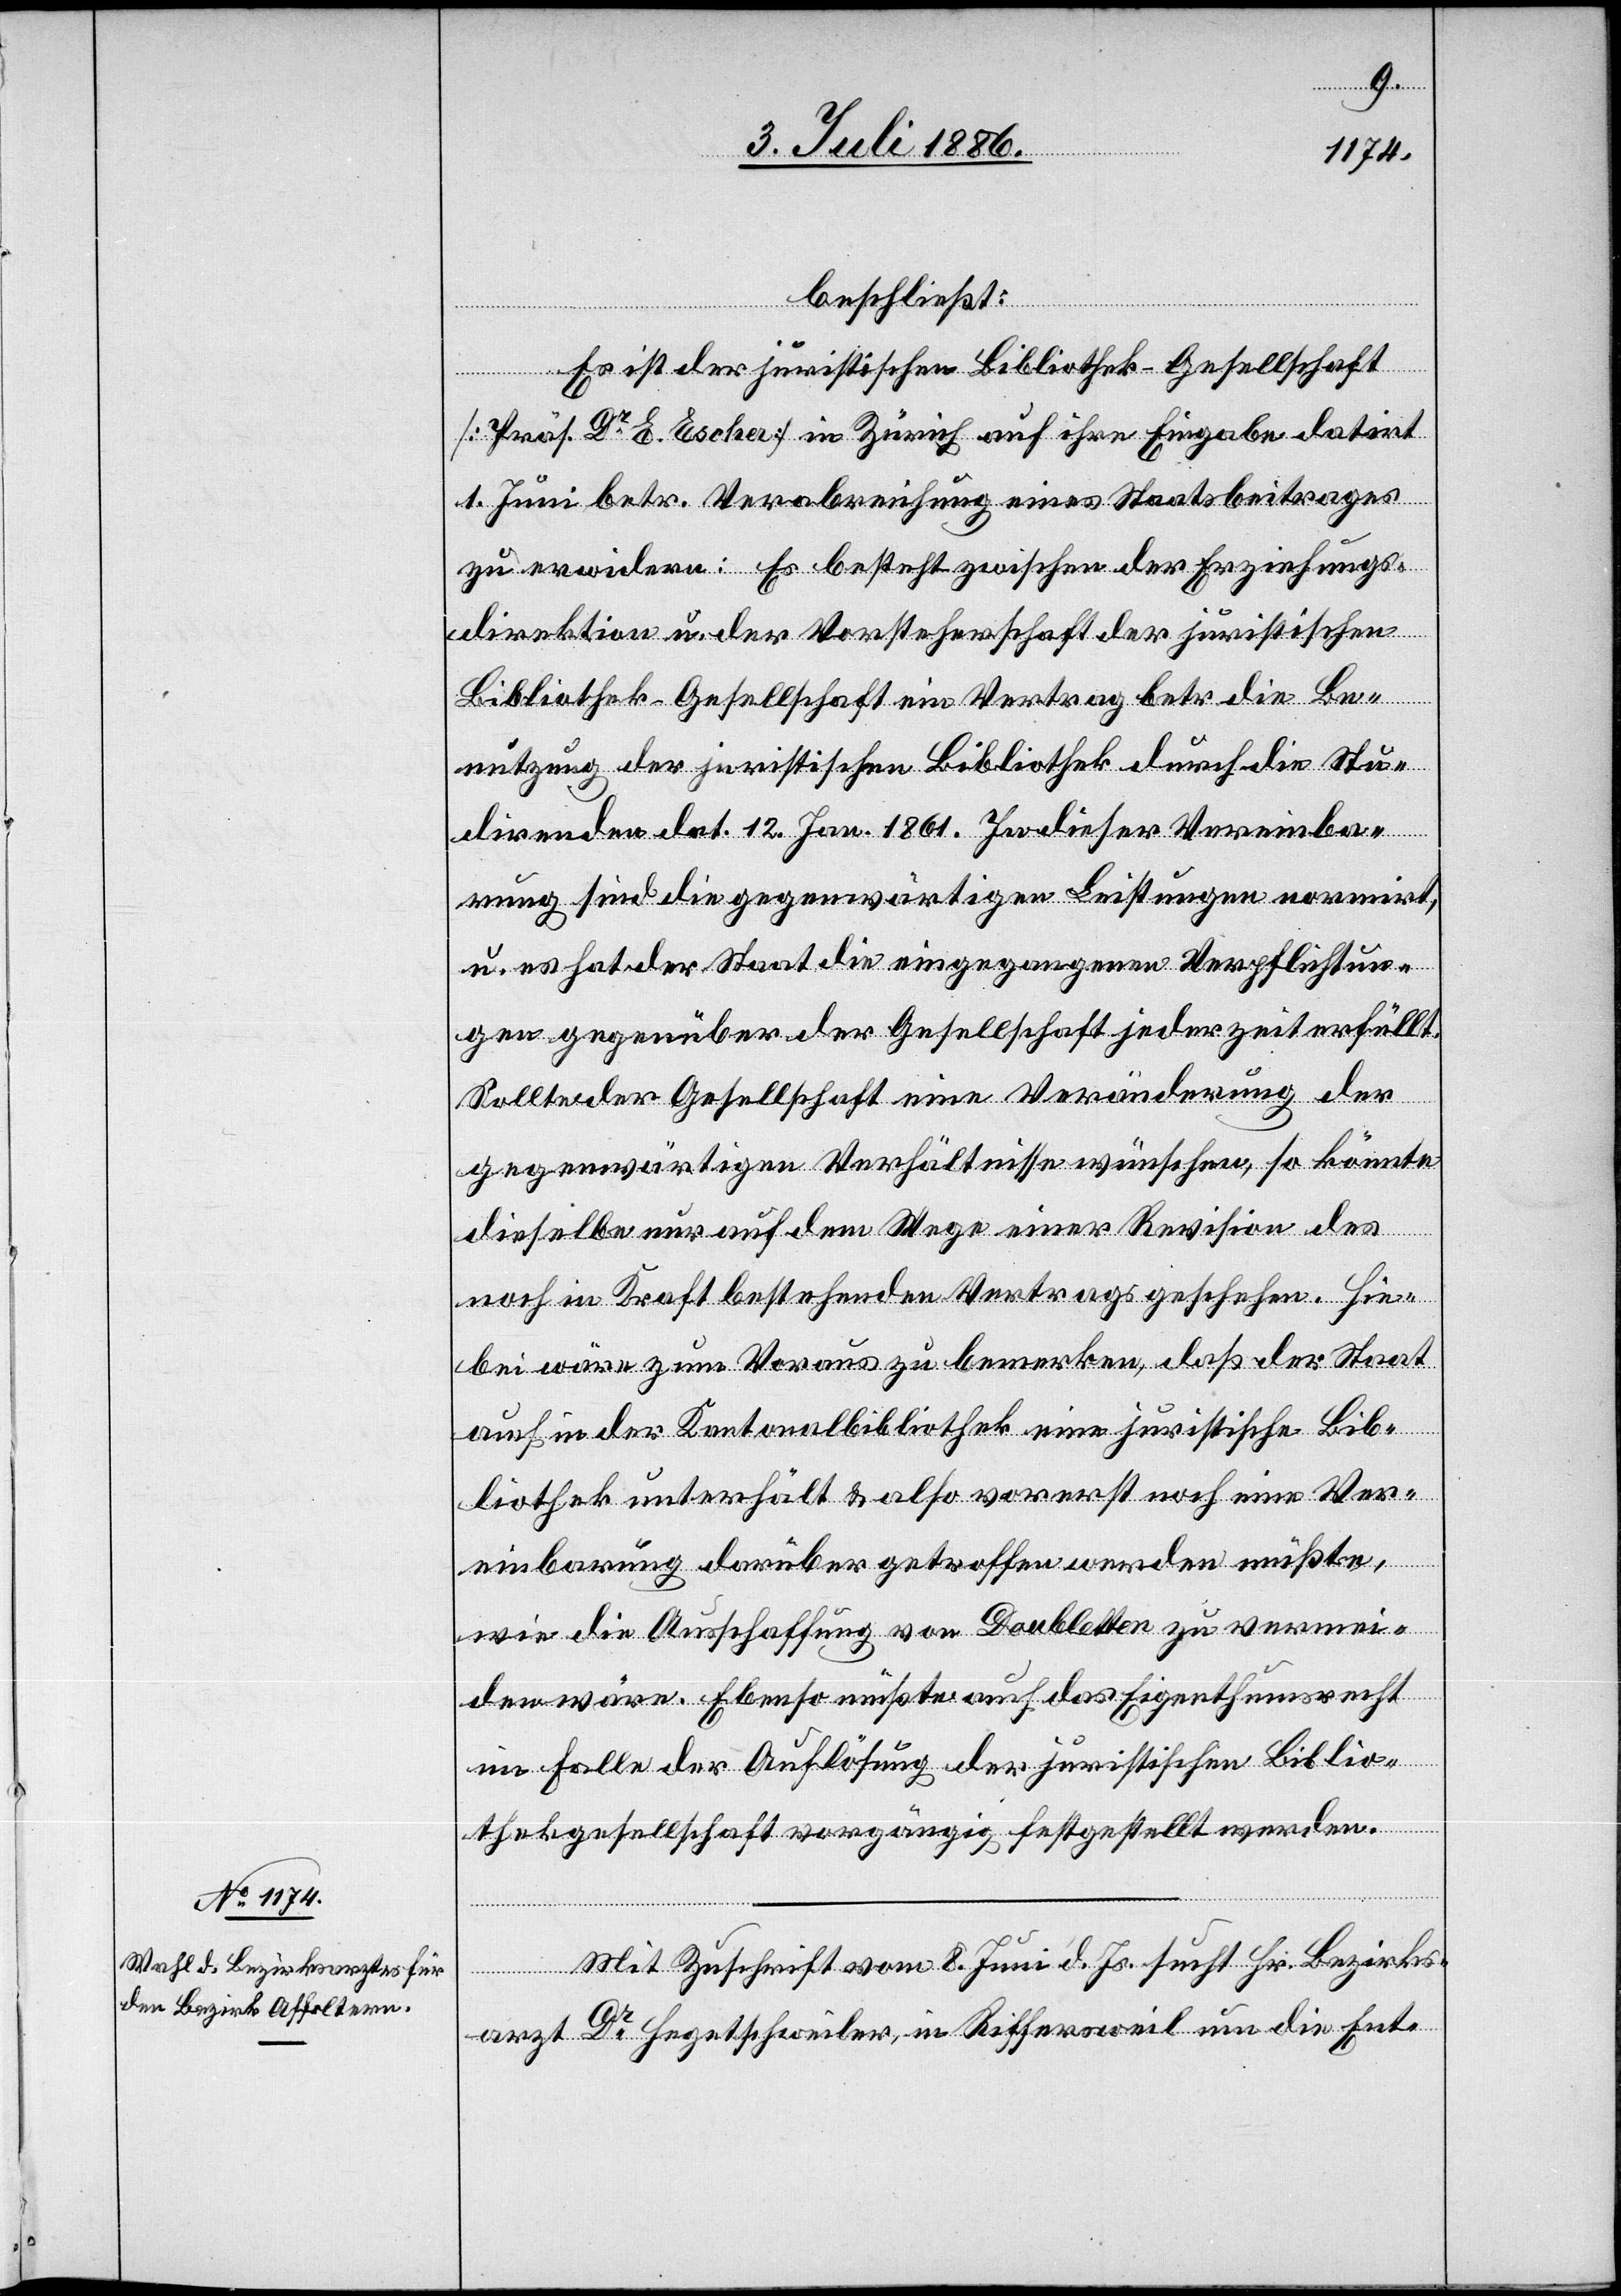
beschließt:
Es ist der juristischen Bibliothek-Gesellschaft
[Präs. Dr E. Escher] in Zürich auf ihre Eingabe datirt
1. Juni betr. Verabreichung eines Staatsbeitrages
zu erwidern: Es besteht zwischen der Erziehungs¬
direktion u. der Vorsteherschaft der juristischen
Bibliothek-Gesellschaft ein Vertrag betr. die Be¬
nutzung der juristischen Bibliothek durch die Stu¬
direnden dat. 12. Jan. 1861. In dieser Vereinba¬
rung sind die gegenwärtigen Leistungen normirt,
u. es hat der Staat die eingegangenen Verpflichtun¬
gen gegenüber der Gesellschaft jederzeit erfüllt.
[recte: die] Gesellschaft eine Veränderung der
gegenwärtigen Verhältnisse wünschen, so könnte
dieselbe nur auf dem Wege einer Revision des
noch in Kraft bestehenden Vertrags geschehen. Hie¬
bei wäre zum Voraus zu bemerken, daß der Staat
auch in der Kantonalbibliothek eine juristische Bib¬
liothek unterhält & also vorerst noch eine Ver¬
einbarung darüber getroffen werden müßte,
wie die Ausschaffung [sic!] von Doubletten zu vermei¬
den wäre. Ebenso müßte auch das Eigenthumsrecht
im Falle der Auflösung der juristischen Biblio¬
theksgesellschaft vorgängig festgestellt werden.
Mit Zuschrift vom 8. Juni d. Js. sucht Hr. Bezirks¬
arzt Dr Hegetschweiler, in Riffersweil um die Ent-